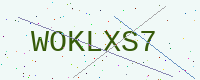
Text: WOKLXS7